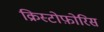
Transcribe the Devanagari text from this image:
क्रिस्टोफ़ोरिस